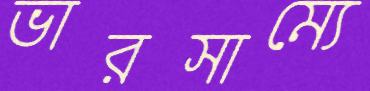
ভারসাম্যে